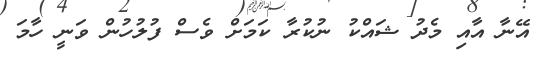
އޭނާ އާއި މެދު ޝައްކު ނުކުރާ ކަމަށް ވެސް ފުލުހުން ވަނީ ހާމަ